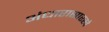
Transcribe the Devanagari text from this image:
अंधारासारखे